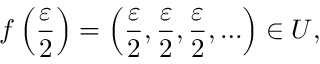
f \left( { \frac { \varepsilon } { 2 } } \right) = \left( { \frac { \varepsilon } { 2 } } , { \frac { \varepsilon } { 2 } } , { \frac { \varepsilon } { 2 } } , \ldots \right) \in U ,